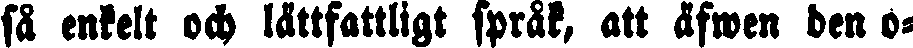
så enkelt och lättfattligt språk, att äfwen den o-